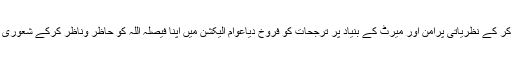
اس سے بڑھ کر ہم نے معاشرے سے کنبہ پرستی اور کمیشن کرپشن کی سیاست کو ہمیشہ کے لیے دفن کر کے نظریاتی پرامن اور میرٹ کے بنیاد پر ترجحات کو فروخ دیاعوام الیکشن میں اپنا فیصلہ اللہ کو حاظر وناظر کرکے شعوری بنیاد پر ہماری کاکردگی اور ہم سے گزشتہ منتخب امیدواروں کی کارکردگی کو مدنظر رکھ کر کر یں ۔